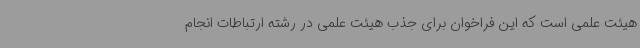
هیئت علمی است که این فراخوان برای جذب هیئت علمی در رشته ارتباطات انجام